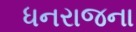
ધનરાજના